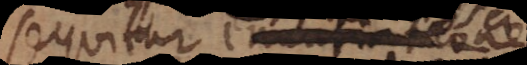
sequitur enuntiatione